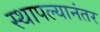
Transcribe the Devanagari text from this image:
स्थापल्यानंतर